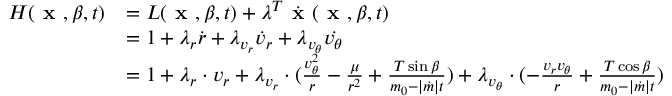
\begin{array} { r l } { H ( \textbf { x } , \beta , t ) } & { = L ( \textbf { x } , \beta , t ) + \lambda ^ { T } \dot { \textbf { x } } ( \textbf { x } , \beta , t ) } \\ & { = 1 + \lambda _ { r } \dot { r } + \lambda _ { v _ { r } } \dot { v } _ { r } + \lambda _ { v _ { \theta } } \dot { v _ { \theta } } } \\ & { = 1 + \lambda _ { r } \cdot v _ { r } + \lambda _ { v _ { r } } \cdot ( \frac { v _ { \theta } ^ { 2 } } { r } - \frac { \mu } { r ^ { 2 } } + \frac { T \sin { \beta } } { m _ { 0 } - | \dot { m } | t } ) + \lambda _ { v _ { \theta } } \cdot ( - \frac { v _ { r } v _ { \theta } } { r } + \frac { T \cos { \beta } } { m _ { 0 } - | \dot { m } | t } ) } \end{array}